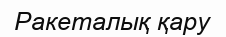
Ракеталық қару